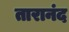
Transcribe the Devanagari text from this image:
तारानंद